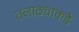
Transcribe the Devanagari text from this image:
तलाठ्याकडे